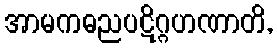
အာမကဓညပဋိဂ္ဂဟဏာတိ,